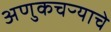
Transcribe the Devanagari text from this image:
अणुकचऱ्याचे